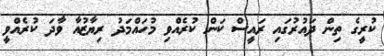
ކުރީގެ ތިން ދައުރުގައި ރައީސް ކަން ކުރެއްވި މުހައްމަދު ރިޔާޒުއާ ވާދަ ކުރެއްވީ